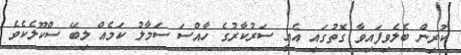
ކުރިން ބެލެވިފައިވާ ގޮތުގައި އެއީ ސަރުކާރުގެ ހާއްސަ ސަމާލު ކަމެއް ލިބޭ ސްކޫލެކެވެ